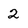
Character: 2